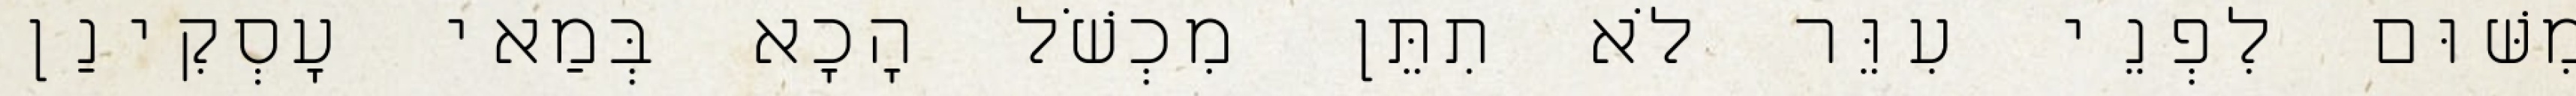
מִשּׁוּם לִפְנֵי עִוֵּר לֹא תִתֵּן מִכְשֹׁל הָכָא בְּמַאי עָסְקִינַן